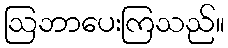
ဩဘာပေးကြသည်။